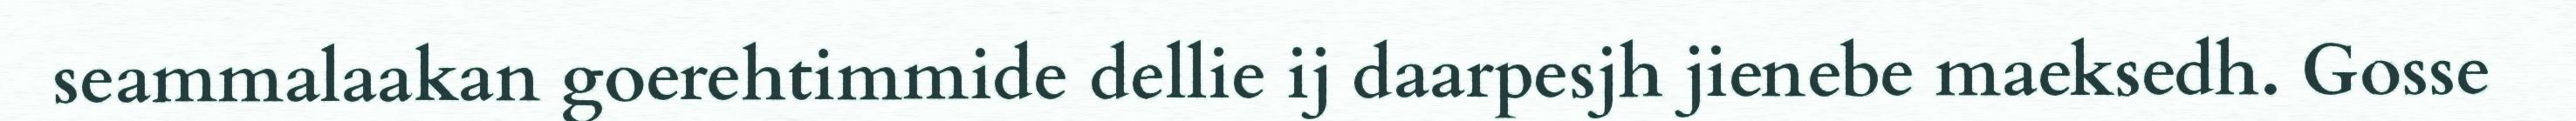
seammalaakan goerehtimmide dellie ij daarpesjh jienebe maeksedh. Gosse